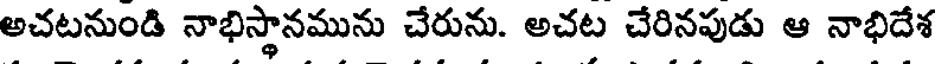
అచటనుండి నాభిస్థానమును చేరును. అచట చేరినపుడు ఆ నాభిదేశ